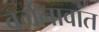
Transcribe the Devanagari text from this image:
वर्गनावांत